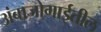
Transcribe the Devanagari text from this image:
अंबाजोगाईतील